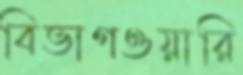
বিভাগওয়ারি